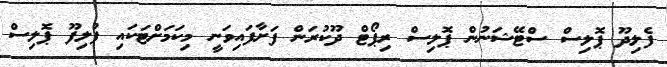
ފެލިދޫ ޕޮލިސް ސްޓޭޝަނުން ޕޮލިސް ރިޕޯޓް ދޫކުރަން ފަށާފައިވަނީ މިކަމަށްޓަކައި ފުލިފޫ ޕޮލިސް